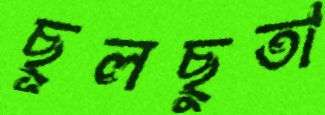
ছূলছুতা